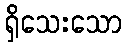
ရှိသေးသော